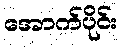
အောက်ပိုင်း